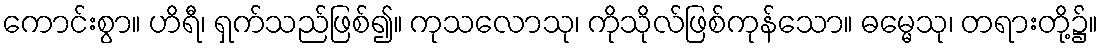
ကောင်းစွာ။ ဟိရီ၊ ရှက်သည်ဖြစ်၍။ ကုသလောသု၊ ကိုသိုလ်ဖြစ်ကုန်သော။ ဓမ္မေသု၊ တရားတို့၌။